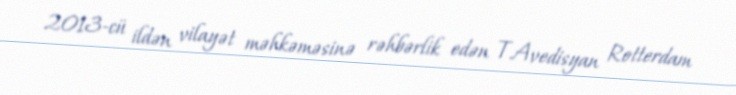
2013-cü ildən vilayət məhkəməsinə rəhbərlik edən T.Avedisyan Rotterdam